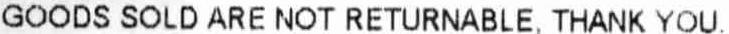
GOODS SOLD ARE NOT RETURNABLE, THANK YOU.